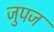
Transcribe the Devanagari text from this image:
जुपज